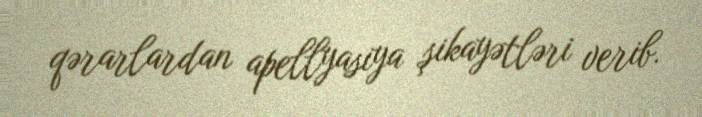
qərarlardan apellyasiya şikayətləri verib.